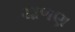
ચાળણ